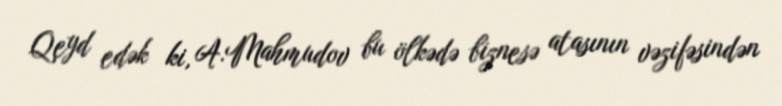
Qeyd edək ki, A.Mahmudov bu ölkədə biznesə atasının vəzifəsindən